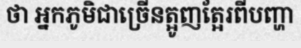
ថា អ្នកភូមិជាច្រើនត្អូញត្អែរពីបញ្ហា